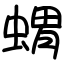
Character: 蝟